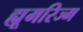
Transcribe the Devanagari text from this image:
ह्यूमरिज्म